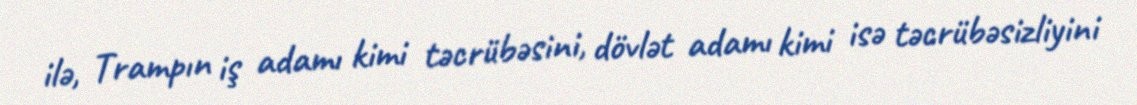
ilə, Trampın iş adamı kimi təcrübəsini, dövlət adamı kimi isə təcrübəsizliyini